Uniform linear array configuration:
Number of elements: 48
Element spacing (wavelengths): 0.75
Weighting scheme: hamming
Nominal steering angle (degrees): -60
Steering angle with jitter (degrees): -60.578
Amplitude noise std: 0.05
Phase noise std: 0.05

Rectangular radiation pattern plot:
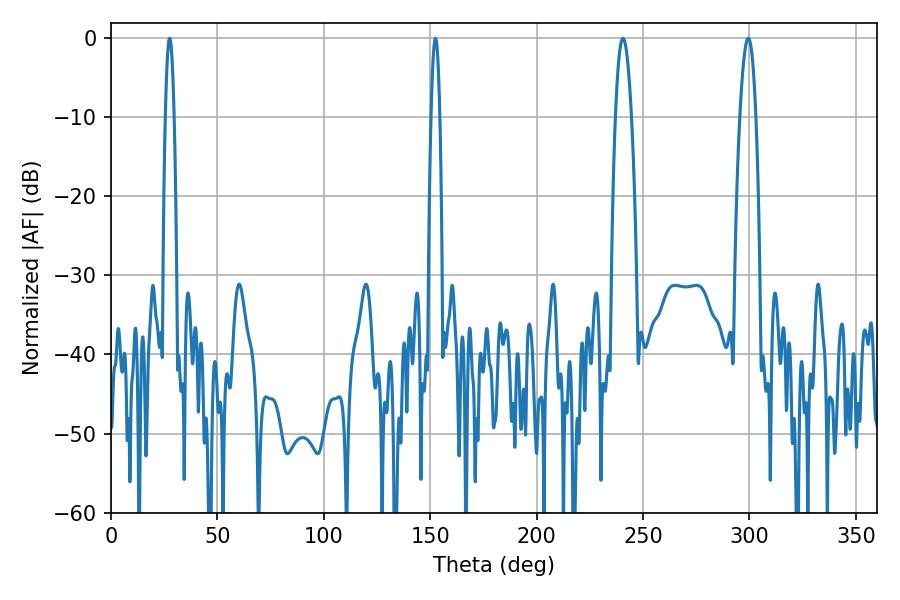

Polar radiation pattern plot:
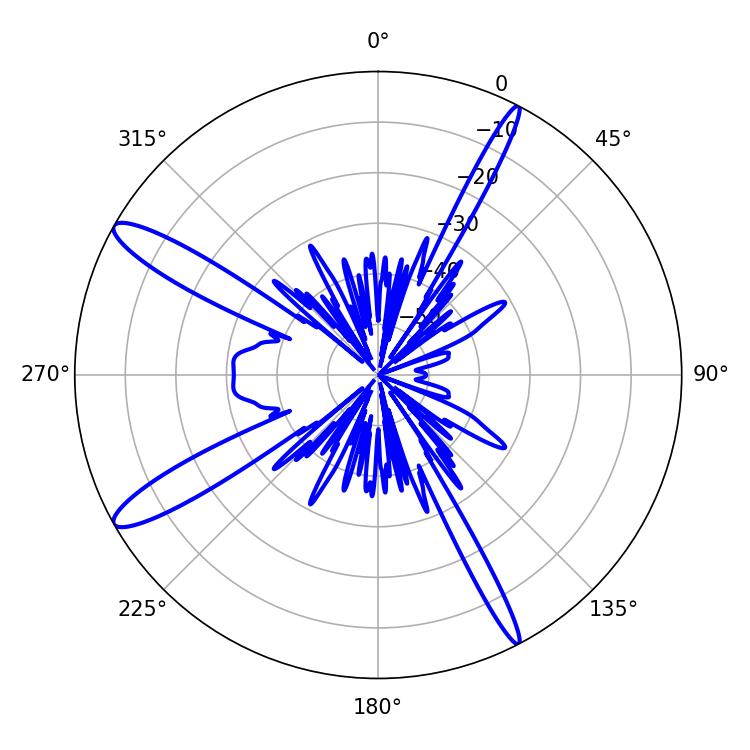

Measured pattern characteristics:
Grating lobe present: TRUE
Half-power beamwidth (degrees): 2.16
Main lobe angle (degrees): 27.54